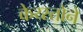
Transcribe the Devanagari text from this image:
केय्स्तोने